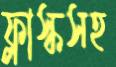
ফ্লাস্কসহ